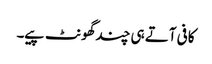
کافی آتے ہی چندگھونٹ پیے۔